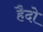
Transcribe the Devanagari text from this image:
हैदो